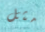
مثل